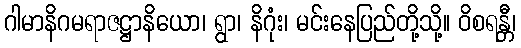
ဂါမာနိဂမရာဇဋ္ဌာနိယော၊ ရွာ၊ နိဂုံး၊ မင်းနေပြည်တို့သို့။ ဝိစရန္တီ၊